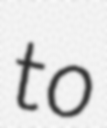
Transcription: to